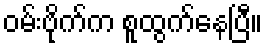
ဝမ်းဗိုက်က စူထွက်နေပြီ။